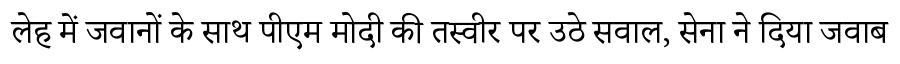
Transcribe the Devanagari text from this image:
लेह में जवानों के साथ पीएम मोदी की तस्वीर पर उठे सवाल, सेना ने दिया जवाब